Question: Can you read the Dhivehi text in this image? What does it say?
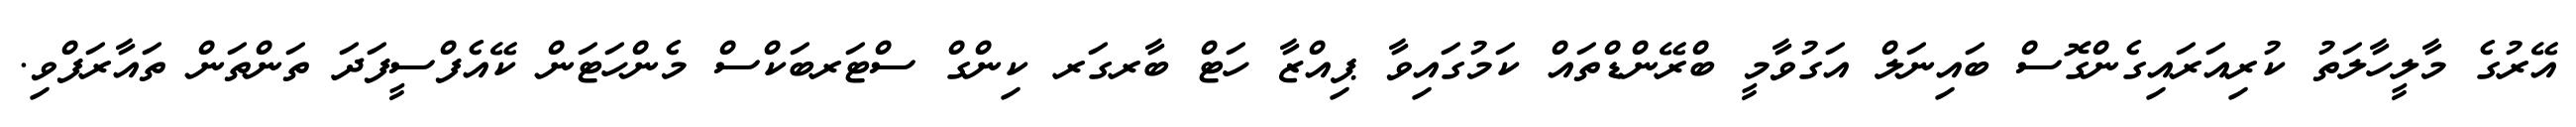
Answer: އޭރުގެ މާލީހާލަތު ކުރިއަރައިގެންގޮސް ބައިނަލް އަގުވާމީ ބްރޭންޑްތައް ކަމުގައިވާ ޕިއްޒާ ހަޓް ބާރގަރ ކިންގް ސްޓަރބަކްސް މެންހަޓަން ކޭއެފްސީފަދަ ތަންތަން ތައާރަފްވި.